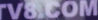
V8.COm